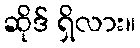
ဆိုဒ် ရှိလား။